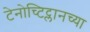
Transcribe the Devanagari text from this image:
टेनोच्टिट्लानच्या